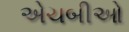
એચબીઓ